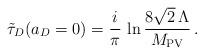
LaTeX: \begin{align*}\tilde\tau_D(a_D=0)=\frac{i}{\pi}\,\ln\frac{8\sqrt{2}\,\Lambda}{M_{\rm PV}}\,.\end{align*}